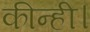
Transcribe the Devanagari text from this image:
कीन्ही।